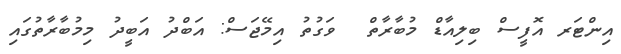
އިންޓަރ އޮފީސް ބިލިއާޑް މުބާރާތް  ވަގުތު އިމޭޖަސް: އަބްދު އަބީދު މިމުބާރާތުގައި